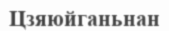
Цзяюйганьнан